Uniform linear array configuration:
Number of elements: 32
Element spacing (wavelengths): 1
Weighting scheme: binomial
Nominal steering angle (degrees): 45
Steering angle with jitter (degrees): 46.329
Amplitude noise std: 0.05
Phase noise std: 0.05

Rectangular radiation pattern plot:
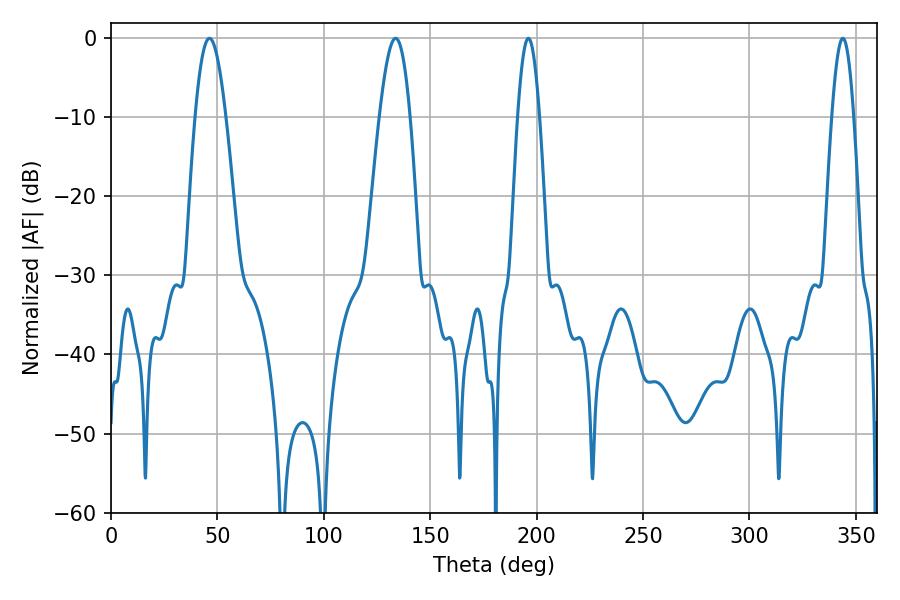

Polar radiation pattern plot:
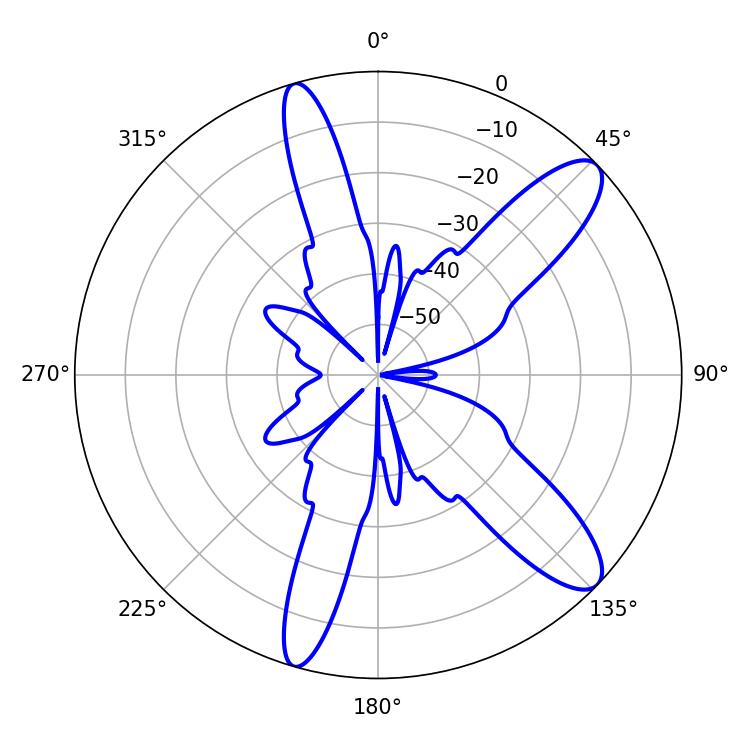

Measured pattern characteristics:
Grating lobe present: TRUE
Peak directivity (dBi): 11.08
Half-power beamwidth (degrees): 7.74
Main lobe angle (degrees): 46.26